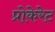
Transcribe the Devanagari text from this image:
प्रोकेरेट